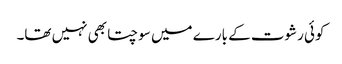
کوئی رشوت کے بارے میں سوچتا بھی نہیں تھا۔